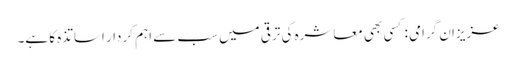
عزیزان گرامی : کسی بھی معاشرہ کی ترقی میں سب سے اہم کردار اساتذہ کا ہے۔